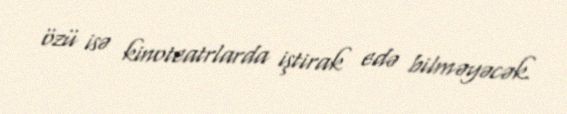
özü isə kinoteatrlarda iştirak edə bilməyəcək.